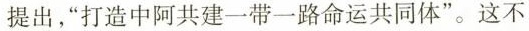
提出，”打造中阿共建一带一路命运共同体”。这不